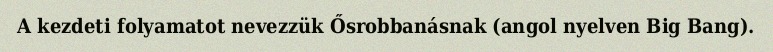
A kezdeti folyamatot nevezzük Ősrobbanásnak (angol nyelven Big Bang).